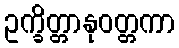
ဥက္ခိတ္တာနုဝတ္တကာ